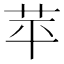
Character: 苹